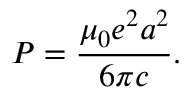
P = { \frac { \mu _ { 0 } e ^ { 2 } a ^ { 2 } } { 6 \pi c } } .